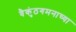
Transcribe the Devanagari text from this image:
वैकुंठगमनाच्या